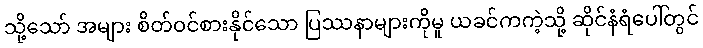
သို့သော် အများ စိတ်ဝင်စားနိုင်သော ပြဿနာများကိုမူ ယခင်ကကဲ့သို့ ဆိုင်နံရံပေါ်တွင်